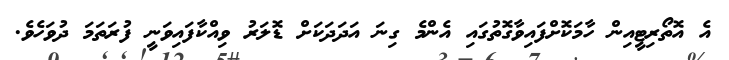
އެ އޮތޯރިޓީއިން ހާމަކޮށްފައިވާގޮތުގައި އެންމެ ގިނަ އަދަދަކަށް ޑޮލަރު ވިއްކާފައިވަނީ ފުރަތަމަ ދުވަހެވެ.